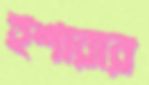
ইশারার